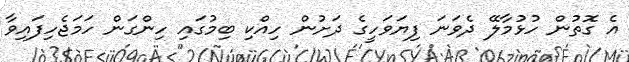
އެ ގޮތުން ހުޅުމާލޭ ދެވަނަ ފިޔަވަހީގެ ދަށުން ހިއްކި ބިމުގައި ހިންގަން ހަމަޖެހިފައިވާ